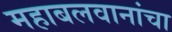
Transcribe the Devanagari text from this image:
महाबलवानांचा